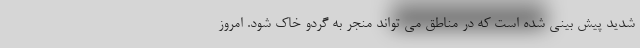
شدید پیش بینی شده است که در مناطق می تواند منجر به گردو خاک شود. امروز